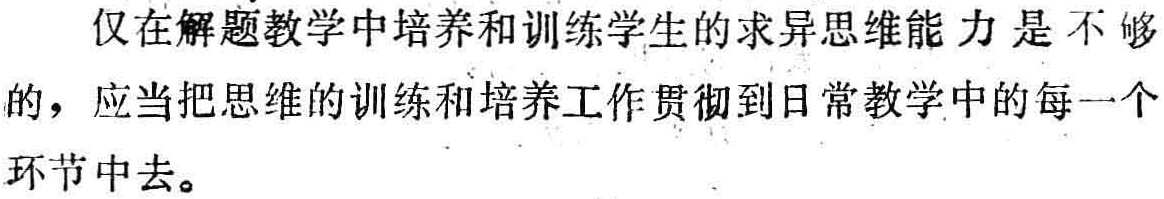
仅在解题教学中培养和训练学生的求异思维能力是不够的，应当把思维的训练和培养工作贯彻到日常教学中的每一个环节中去。